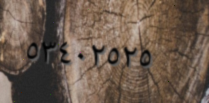
٥٣٤٠٢٥٢٥